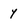
Character: y